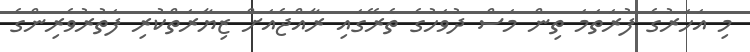
މި އަހަރުގެ ފުރަތަމަ ތިން މަސް ދުވަހުގެ ތެރޭގައި ރާއްޖެއަށް ޒިޔާރަތްކުރި ފަތުރުވެރިންގެ